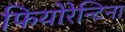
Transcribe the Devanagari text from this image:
फियोरेन्टिना